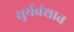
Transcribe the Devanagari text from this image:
सुर्यवंशात